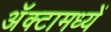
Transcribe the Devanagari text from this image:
अॅक्टामध्यें